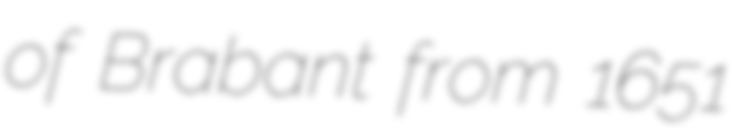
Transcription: of Brabant from 1651